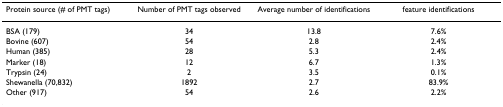
| Protein source (# of PMT tags) | Number of PMT tags observed | Average number of identifications | feature identifications |
 | --- | --- | --- | --- |
 | BSA (179) | 34 | 13.8 | 7.6% |
 | Bovine (607) | 54 | 2.8 | 2.4% |
 | Human (385) | 28 | 5.3 | 2.4% |
 | Marker (18) | 12 | 6.7 | 1.3% |
 | Trypsin (24) | 2 | 3.5 | 0.1% |
 | Shewanella (70,832) | 1892 | 2.7 | 83.9% |
 | Other (917) | 54 | 2.6 | 2.2% |